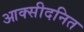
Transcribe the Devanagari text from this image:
आक्सीदनित